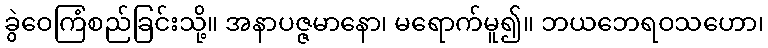
ခွဲဝေကြံစည်ခြင်းသို့။ အနာပဇ္ဇမာနော၊ မရောက်မူ၍။ ဘယဘေရဝသဟော၊